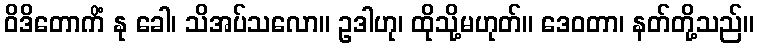
ဝိဒိတောကိံ နု ခေါ၊ သိအပ်သလော။ ဥဒါဟု၊ ထိုသို့မဟုတ်။ ဒေဝတာ၊ နတ်တို့သည်။